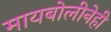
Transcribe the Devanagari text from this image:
मायबोलीनेही